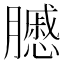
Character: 𦢑